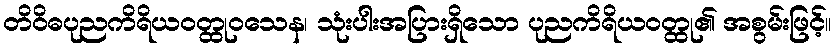
တိဝိဓပုညကိရိယဝတ္ထုဝသေန၊ သုံးပါးအပြားရှိသော ပုညကိရိယဝတ္ထု၏ အစွမ်းဖြင့်။